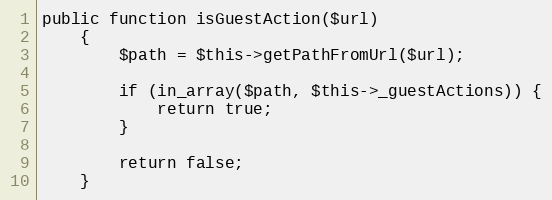
Language: PHP
public function isGuestAction($url)
    {
        $path = $this->getPathFromUrl($url);

        if (in_array($path, $this->_guestActions)) {
            return true;
        }

        return false;
    }